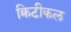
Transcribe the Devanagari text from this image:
क्रिटीकल